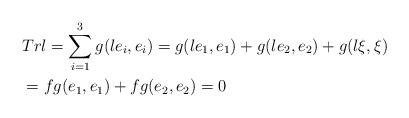
LaTeX: \begin{align*}&Trl=\sum_{i=1}^{3} g(le_i,e_i)=g(le_1,e_1)+g(le_2,e_2)+g(l\xi,\xi) \\&=fg(e_1,e_1)+fg(e_2,e_2)=0 \end{align*}